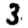
Digit: 3